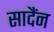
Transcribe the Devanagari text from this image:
सादैंन